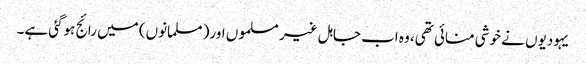
یہودیوں نے خوشی منائی تھی، وہ اب جاہل غیر مسلموں اور( مسلمانوں) میں رائج ہوگئی ہے۔